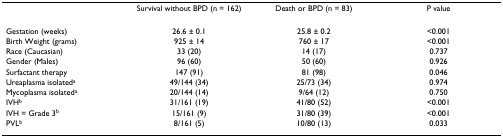
<table><thead><tr><td></td><td><b>Survival without BPD (n = 162)</b></td><td><b>Death or BPD (n = 83)</b></td><td><b>P value</b></td></tr></thead><tbody><tr><td>Gestation (weeks)</td><td>26.6 ± 0.1</td><td>25.8 ± 0.2</td><td>&lt;0.001</td></tr><tr><td>Birth Weight (grams)</td><td>925 ± 14</td><td>760 ± 17</td><td>&lt;0.001</td></tr><tr><td>Race (Caucasian)</td><td>33 (20)</td><td>14 (17)</td><td>0.737</td></tr><tr><td>Gender (Males)</td><td>96 (60)</td><td>50 (60)</td><td>0.926</td></tr><tr><td>Surfactant therapy</td><td>147 (91)</td><td>81 (98)</td><td>0.046</td></tr><tr><td>Ureaplasma isolated<sup>a</sup></td><td>49/144 (34)</td><td>25/73 (34)</td><td>0.974</td></tr><tr><td>Mycoplasma isolated<sup>a</sup></td><td>20/144 (14)</td><td>9/64 (12)</td><td>0.750</td></tr><tr><td>IVH<sup>b</sup></td><td>31/161 (19)</td><td>41/80 (52)</td><td>&lt;0.001</td></tr><tr><td>IVH = Grade 3<sup>b</sup></td><td>15/161 (9)</td><td>31/80 (39)</td><td>&lt;0.001</td></tr><tr><td>PVL<sup>b</sup></td><td>8/161 (5)</td><td>10/80 (13)</td><td>0.033</td></tr></tbody></table>